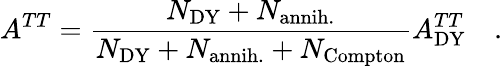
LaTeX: A^{TT}=\frac{N_{\mathrm{DY}}+N_{\mathrm{annih.}}}{N_{\mathrm{DY}}+N_{\mathrm{annih.}}+N_{\mathrm{Compton}}}A_{\mathrm{DY}}^{TT}\quad.